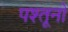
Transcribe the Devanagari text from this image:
पश्तूनो